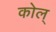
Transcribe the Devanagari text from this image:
कोल्